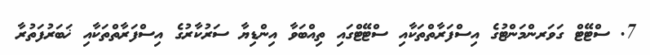
7. ސްޓޭޓް ގަވަރންމަންޓުގެ އިސްފަރާތްތަކާއި ސްޓޭޓްގައި ތިއްބަވާ އިންޑިޔާ ސަރުކާރުގެ އިސްފަރާތްތަކާއި ޚަބަރުފަތުރާ